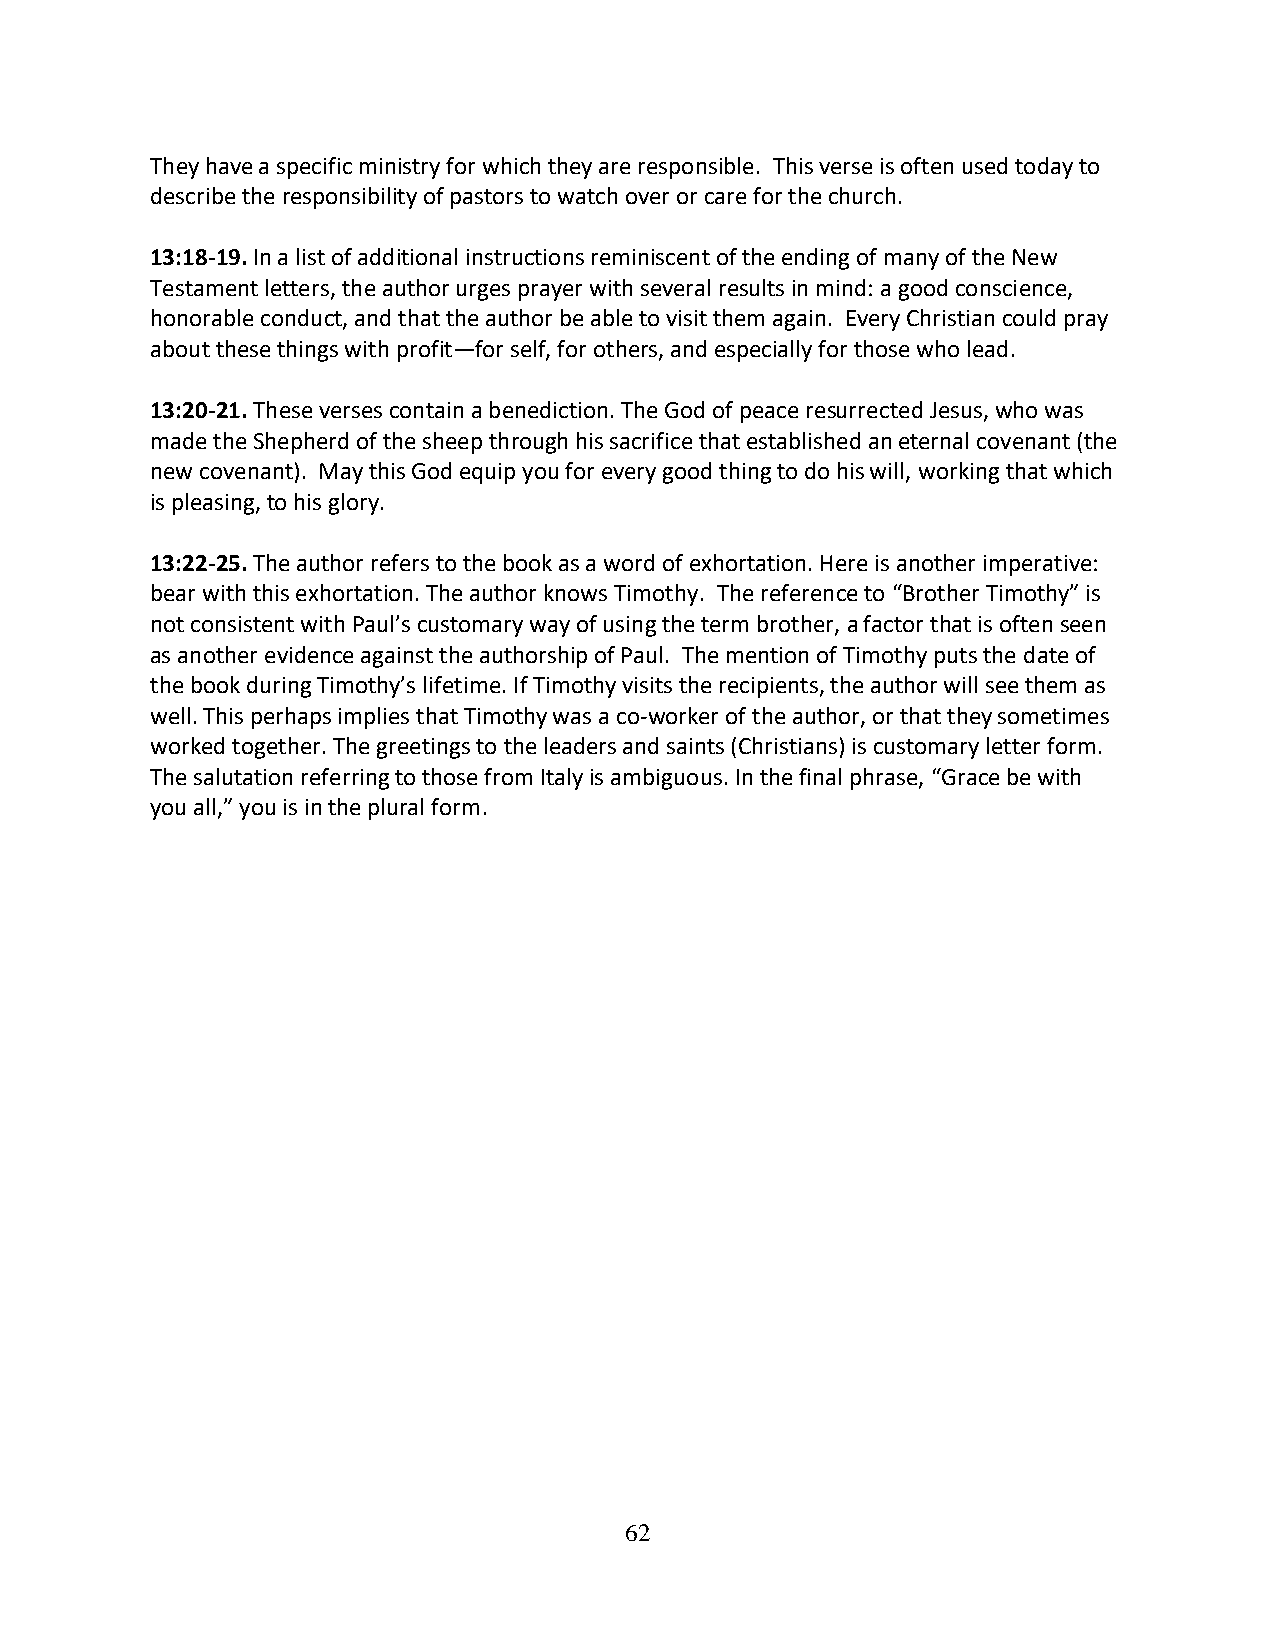
They have a specific ministry for which they are responsible. This verse is often used today to
 describe the responsibility of pastors to watch over or care for the church.
 13:18-19. In a list of additional instructions reminiscent of the ending of many of the New
 Testament letters, the author urges prayer with several results in mind: a good conscience,
 honorable conduct, and that the author be able to visit them again. Every Christian could pray
 about these things with profit—for self, for others, and especially for those who lead.
 13:20-21. These verses contain a benediction. The God of peace resurrected Jesus, who was
 made the Shepherd of the sheep through his sacrifice that established an eternal covenant (the
 new covenant). May this God equip you for every good thing to do his will, working that which
 is pleasing, to his glory.
 13:22-25. The author refers to the book as a word of exhortation. Here is another imperative:
 bear with this exhortation. The author knows Timothy. The reference to “Brother Timothy” is
 not consistent with Paul’s customary way of using the term brother, a factor that is often seen
 as another evidence against the authorship of Paul. The mention of Timothy puts the date of
 the book during Timothy’s lifetime. If Timothy visits the recipients, the author will see them as
 well. This perhaps implies that Timothy was a co-worker of the author, or that they sometimes
 worked together. The greetings to the leaders and saints (Christians) is customary letter form.
 The salutation referring to those from Italy is ambiguous. In the final phrase, “Grace be with
 you all,” you is in the plural form.
 62